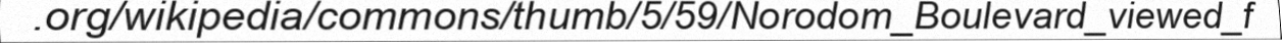
.org/wikipedia/commons/thumb/5/59/Norodom_Boulevard_viewed_f